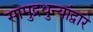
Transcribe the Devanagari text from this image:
सामुद्रधुन्यांद्वारे